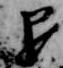
退